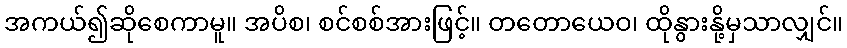
အကယ်၍ဆိုစေကာမူ။ အပိစ၊ စင်စစ်အားဖြင့်။ တတောယေဝ၊ ထိုနွားနို့မှသာလျှင်။